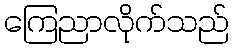
ကြေညာလိုက်သည်